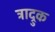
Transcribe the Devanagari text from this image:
त्राद्रुक